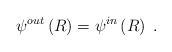
\begin{align*}\psi ^{out}\left( R\right) =\psi ^{in}\left( R\right) \;. \end{align*}